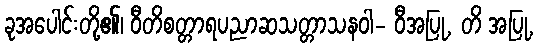
ခုအပေါင်းတို့၏၊ ဝီတိစတ္တာရပညာဆသတ္တာသနဝါ- ဝီအပြု, တိ အပြု,